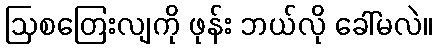
ဩစတြေးလျကို ဖုန်း ဘယ်လို ခေါ်မလဲ။